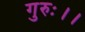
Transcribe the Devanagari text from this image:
गुरुः।।